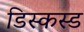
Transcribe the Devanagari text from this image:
डिस्कस्ड